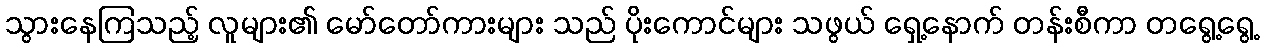
သွားနေကြသည့် လူများ၏ မော်တော်ကားများ သည် ပိုးကောင်များ သဖွယ် ရှေ့နောက် တန်းစီကာ တရွေ့ရွေ့